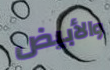
والأبيض